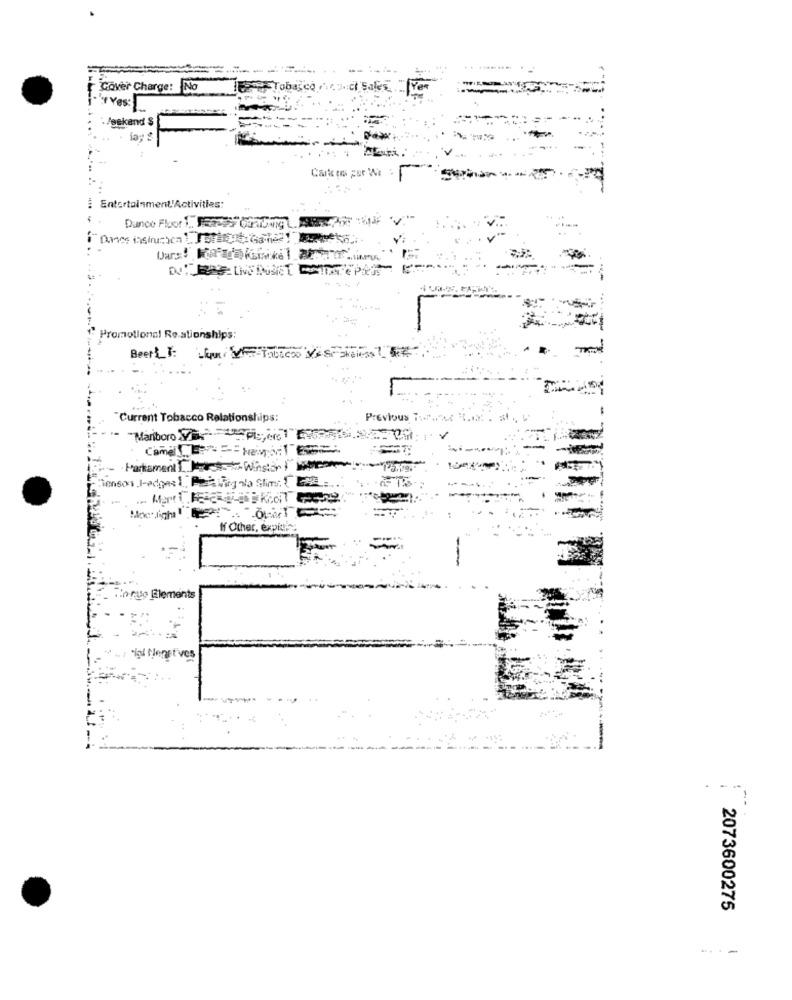
Cover Charge:
No
y Yes:
Jeskand $
iay s
Carte en ger Wa
Entertainment'Activities:
Promotional Re ationships:
Beer : Lp V TUTO VAS
Current Tobacco Relationships:
Previous 71
"Mariboro Vi".
Partament 1
Gensons l-edges1.
Mert
If Other, expich
rue Elements
w wi ig Nenstives
2073600275
----